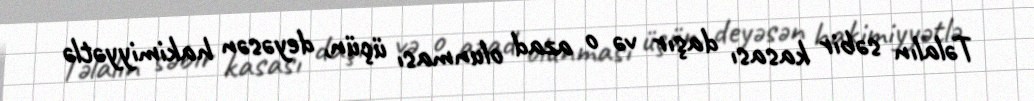
Təlalın səbir kasası daşır və o azad olunması üçün, deyəsən hakimiyyətlə